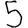
Digit: 5